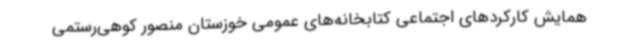
همایش کارکردهای اجتماعی کتابخانه‌های عمومی خوزستان منصور کوهی‌رستمی